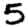
Digit: 5